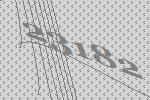
23182